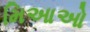
મિઆઓ